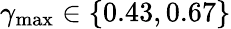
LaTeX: \gamma_{\textrm{max}}\in\{ 0.43,0.67\}